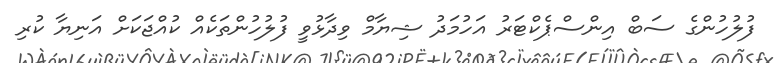
ފުލުހުންގެ ސަބް އިންސްޕެކްޓަރު އަހުމަދު ޝިޔާމް ވިދާޅުވީ ފުލުހުންތަކެއް ކުއްޖަކަށް އަނިޔާ ކުރި